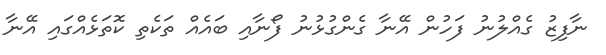
ނާފިޒު ގެއްލުނު ފަހުން އޭނާ ގެންގުޅުނު ފޯނާއި ބައެއް ތަކެތި ކޮތަޅެއްގައި އޭނާ